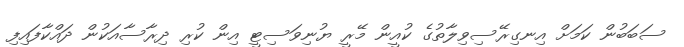
ސަބަބުން ކަމަށް އިނގިރޭސިވިލާތުގެ ކުއީން މޭރީ ޔުނިވަސިޓީ އިން ކުރި ދިރާސާއަކުން ދައްކާފައިފި